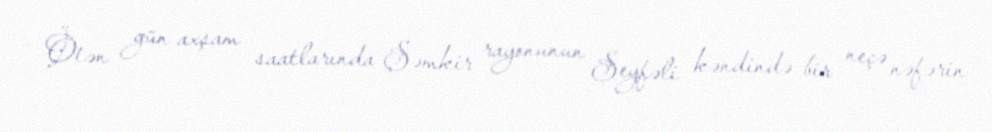
Ötən gün axşam saatlarında Şəmkir rayonunun Seyfəli kəndində bir neçə nəfərin